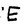
Character: E